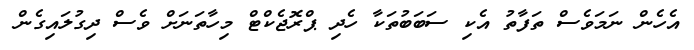
އެހެން ނަމަވެސް ތަފާތު އެކި ސަބަބުތަކާ ހެދި ޕްރޮޖެކްޓް މިހާތަނަށް ވެސް ދިގުލައިގެން